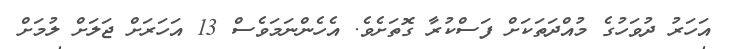
އަހަރު ދުވަހުގެ މުއްދަތަކަށް ފަސްކުރާ ގޮތަށެވެ. އެހެންނަމަވެސް 13 އަހަރަށް ޖަލަށް ލުމަށް